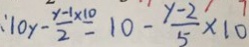
: 1 0 y - \frac { y - 1 \times 1 0 } { 2 } = 1 0 - \frac { y - 2 } { 5 } \times 1 0